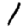
Digit: 1